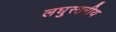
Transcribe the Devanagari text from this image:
लघुस्तरीय